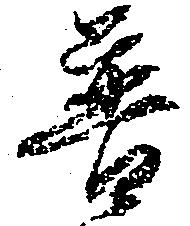
普